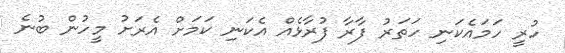
ހުރީ ހަމައެކަނި ހަތަރު ފާރާ ފުރާޅެއް އެކަނި ކަމަށް އެރަށު މީހުން ބުނެ